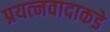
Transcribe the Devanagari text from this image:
प्रयत्‍नवादाकडे